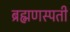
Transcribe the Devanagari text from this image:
ब्रह्मणस्पती